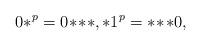
LaTeX: \begin{align*}0*^p=0\!*\!**, *1^p=*\!*\!*0,\end{align*}